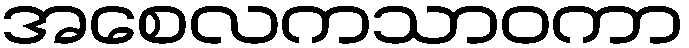
အစေလကသာဝကာ